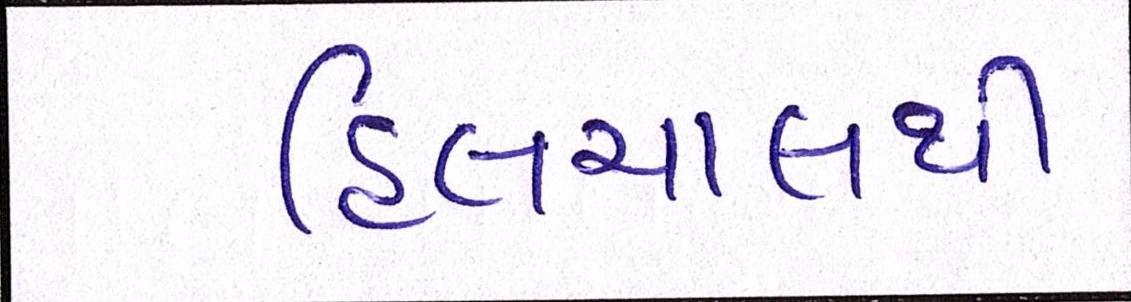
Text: હિલચાલથી